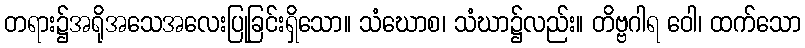
တရား၌အရိုအသေအလေးပြုခြင်းရှိသော။ သံဃောစ၊ သံဃာ၌လည်း။ တိဗ္ဗဂါရ ဝေါ၊ ထက်သော